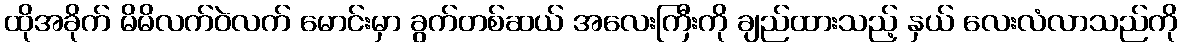
ထိုအခိုက် မိမိလက်ဝဲလက် မောင်းမှာ ခွက်တစ်ဆယ် အလေးကြီးကို ချည်ထားသည့် နှယ် လေးလံလာသည်ကို